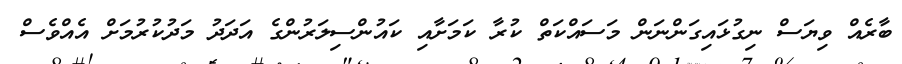
ބާރެއް ވިޔަސް ނިގުޅައިގަންނަން މަސައްކަތް ކުރާ ކަމަށާއި ކައުންސިލަރުންގެ އަދަދު މަދުކުރުމަށް އެއްވެސް